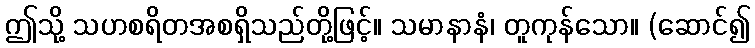
ဤသို့ သဟစရိတအစရှိသည်တို့ဖြင့်။ သမာနာနံ၊ တူကုန်သော။ (ဆောင်၍